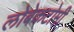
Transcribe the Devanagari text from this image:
लोबेकटोमी